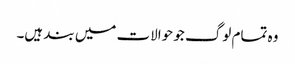
وہ تمام لوگ جو حوالات میں بند ہیں۔